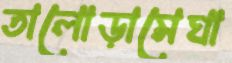
তালোড়ামেঘা